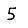
Digit: 5